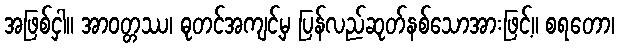
အဖြစ်ငှါ။ အာဝတ္တဿ၊ ဓုတင်အကျင့်မှ ပြန်လည်ဆုတ်နစ်သောအားဖြင့်။ စရတော၊